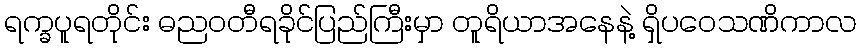
ရက္ခပူရတိုင်း ဓညဝတီရခိုင်ပြည်ကြီးမှာ တူရိယာအနေနဲ့ ရှိပဝေသဏိကာလ